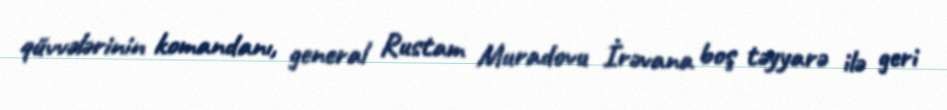
qüvvələrinin komandanı, general Rustam Muradovu İrəvana boş təyyarə ilə geri